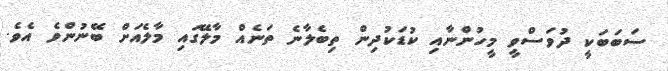
ސަބަބަކީ ދުވަސްވީ މީހުންނާއި ކުޑަކުދިން ތިބެލާނެ ތަނެއް މާލޭގައި މާލެއަށް ބޭނުންވެ އެވެ.